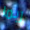
ربما